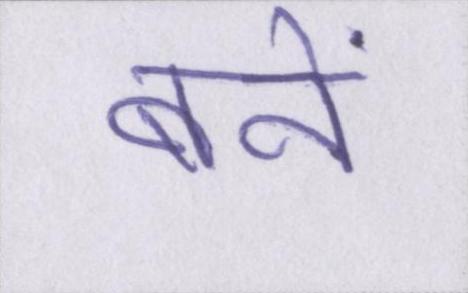
बनें